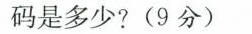
码是多少?(9分)